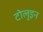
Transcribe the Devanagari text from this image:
टोलुइन